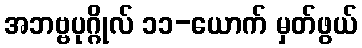
အဘဗ္ဗပုဂ္ဂိုလ် ၁၁-ယောက် မှတ်ဖွယ်